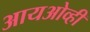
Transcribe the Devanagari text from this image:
आयओव्ही